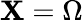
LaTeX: \mathbf{X}=\Omega